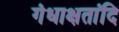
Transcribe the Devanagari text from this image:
गंधाक्षतांदि